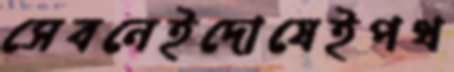
সেবনেইদোষেইপথ